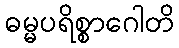
ဓမ္မပရိစ္စာဂေါတိ